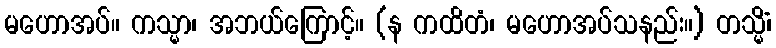
မဟောအပ်။ ကသ္မာ၊ အဘယ်ကြောင့်။ (န ကထိတံ၊ မဟောအပ်သနည်း။) တသ္မိံ၊